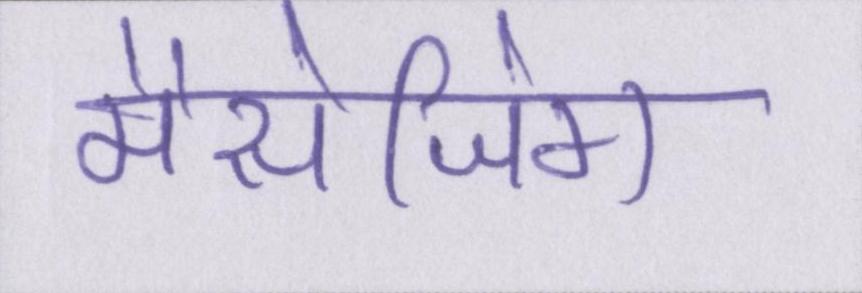
मैसेजिंग